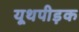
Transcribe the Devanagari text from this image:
यूथपीड़क